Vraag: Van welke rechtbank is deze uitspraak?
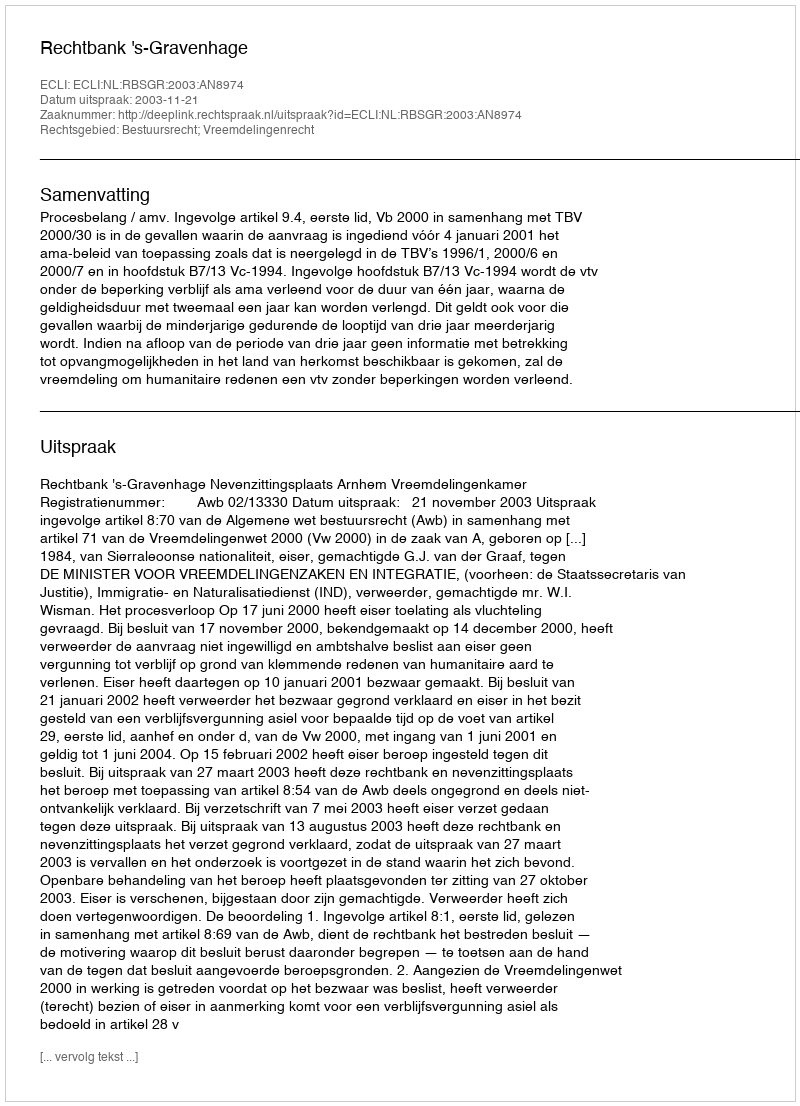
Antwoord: Rechtbank 's-Gravenhage